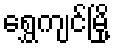
ရွှေကျင်မြို့